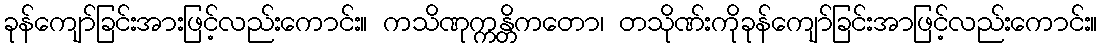
ခုန်ကျော်ခြင်းအားဖြင့်လည်းကောင်း။ ကသိဏုက္ကန္တိကတော၊ တသိုဏ်းကိုခုန်ကျော်ခြင်းအာဖြင့်လည်းကောင်း။